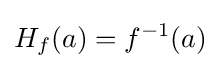
H_{f}(a)=f^{-1}(a)